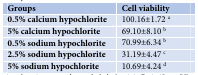
<table><thead><tr><td><b>Groups</b></td><td><b>Cell viability </b></td></tr></thead><tbody><tr><td><b>0.5% </b><b>calcium hypochlorite</b></td><td>100.16±1.72 <sup>a</sup></td></tr><tr><td><b>5% calcium hypochlorite</b></td><td>69.10±8.10 <sup>b</sup></td></tr><tr><td><b>0.5% </b><b>sodium hypochlorite</b></td><td>70.99±6.34 <sup>b</sup></td></tr><tr><td><b>2.5% </b><b>sodium hypochlorite</b></td><td>31.19±4.47 <sup>c</sup></td></tr><tr><td><b>5% </b><b>sodium hypochlorite</b></td><td>10.69±4.24 <sup>d</sup></td></tr></tbody></table>